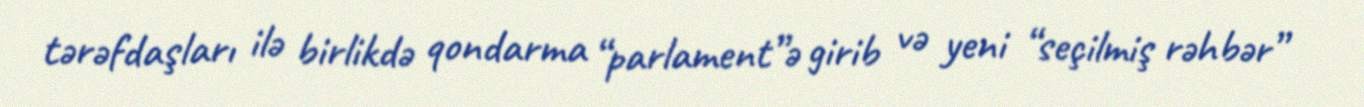
tərəfdaşları ilə birlikdə qondarma “parlament”ə girib və yeni “seçilmiş rəhbər”